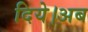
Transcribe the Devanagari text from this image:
दिये।अब